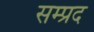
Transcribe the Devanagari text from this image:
सम्प्रद